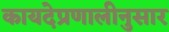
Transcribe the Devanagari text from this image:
कायदेप्रणालीनुसार